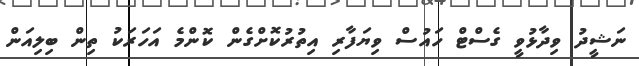
ނަޝީދު ވިދާޅުވީ ގެސްޓް ހައުސް ވިޔަފާރި އިތުރުކޮށްގެން ކޮންމެ އަހަރަކު ތިން ބިލިއަން